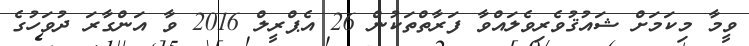
ވީމާ މިކަމަށް ޝައުޤުވެރިވެލައްވާ ފަރާތްތަކުން 26 އެޕްރީލް 2016 ވާ އަންގާރަ ދުވަހުގެ